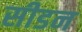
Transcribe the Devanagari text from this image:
सीडन